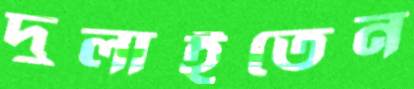
দুলাইতেন